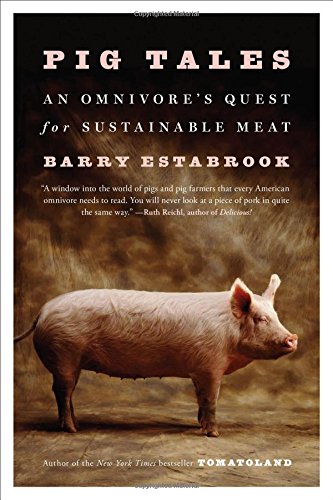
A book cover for Pig Tales: An Omnivore's Quest for Sustainable Meat; Barry Estabrook; Cookbooks, Food & Wine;